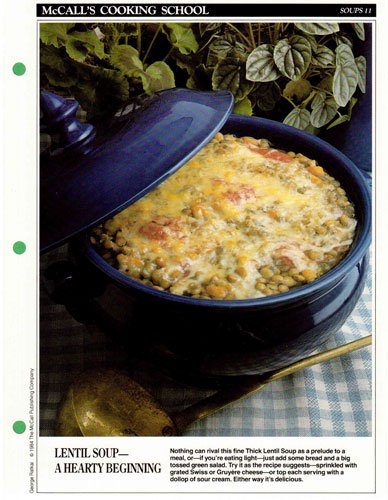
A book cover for McCall's Cooking School Recipe Card: Soups 11 - Thick Lentil Soup (Replacement McCall's Recipage or Recipe Card For 3-Ring Binders); Health, Fitness & Dieting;